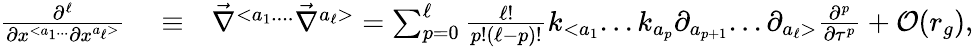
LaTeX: \begin{array}{rlr}{\frac{\partial^{\ell}}{\partial x^{<a_{1}...}\partial x^{a_{\ell}>}}}&{{}\equiv}&{{\vec{\nabla}}^{<a_{1}....}{\vec{\nabla}}^{a_{\ell}>}=\sum_{p=0}^{\ell}\frac{\ell!}{p!(\ell-p)!}k_{<a_{1}}...k_{a_{p}}\partial_{a_{p+1}}...\partial_{a_{\ell}>}\frac{\partial^{p}}{\partial\tau^{p}}+{\cal O}(r_{g}),}\end{array}